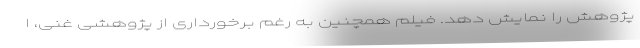
پژوهش را نمایش دهد. فیلم همچنین به رغم برخورداری از پژوهشی غنی، ا